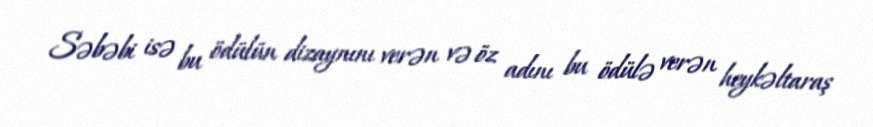
Səbəbi isə bu ödülün dizaynını verən və öz adını bu ödülə verən heykəltaraş